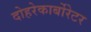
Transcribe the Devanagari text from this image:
दोहरेकार्बोरेटर